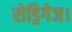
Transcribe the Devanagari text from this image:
रोड्रिगेज।